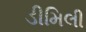
ડીમિલી